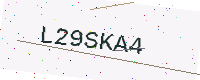
Text: L29SKA4